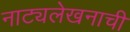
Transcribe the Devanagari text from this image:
नाट्यलेखनाची